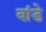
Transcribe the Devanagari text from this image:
बांडे